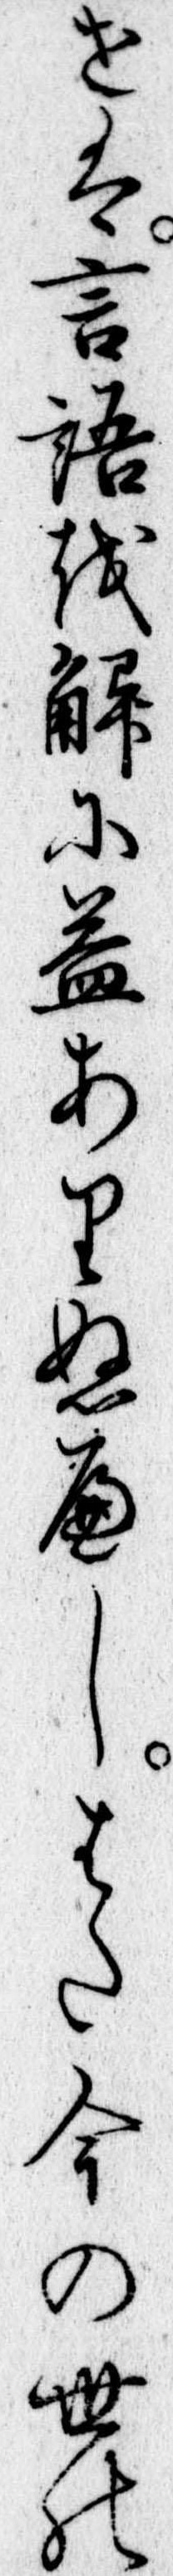
せは言語をに益ありぬへしはた今の世の